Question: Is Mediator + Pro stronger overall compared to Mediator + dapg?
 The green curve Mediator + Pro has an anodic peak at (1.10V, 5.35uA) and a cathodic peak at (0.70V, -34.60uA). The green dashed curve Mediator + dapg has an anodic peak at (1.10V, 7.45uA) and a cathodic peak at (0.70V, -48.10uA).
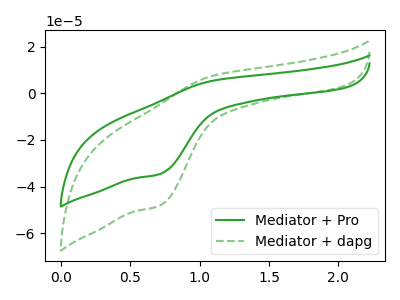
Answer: <think>All the peaks in "Mediator + Pro" have a peak in "Mediator + dapg" at the same potential. Every peak in "Mediator + Pro" is lower than every peak in "Mediator + dapg".
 </think>
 <answer>"Mediator + Pro" has less signal than "Mediator + dapg".</answer>
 <eval>less_signal</eval>